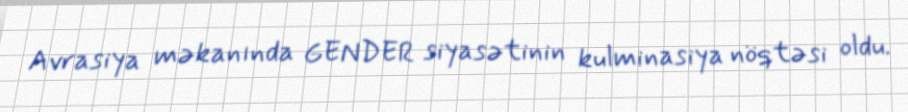
Avrasiya məkanında GENDER siyasətinin kulminasiya nöqtəsi oldu.